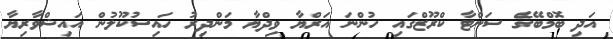
އަދި ބޮމްބޭގެ ސަންޓާ ކްރޫޒްގައި ހުންނަ އަރްޔާ ވިދްޔާ މަންދިރު ހައިސުކޫލުން އައިޝްވާރިޔާ